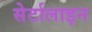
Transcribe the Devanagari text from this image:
सेर्टालाइन